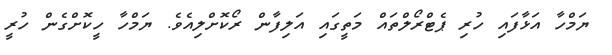
ޔަމްހާ އަޅާފައި ހުރި ޕެޓްރޯލްތައް މަތީގައި އަލިފާން ރޯކޮށްލިއެވެ. ޔަމްހާ ހީކޮށްގެން ހުރީ